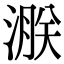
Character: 㴨